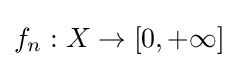
f_{n}:X\to [0,+\infty ]